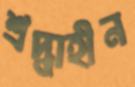
শ্রদ্ধাহীন